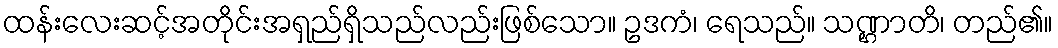
ထန်းလေးဆင့်အတိုင်းအရှည်ရှိသည်လည်းဖြစ်သော။ ဥဒကံ၊ ရေသည်။ သဏ္ဌာတိ၊ တည်၏။